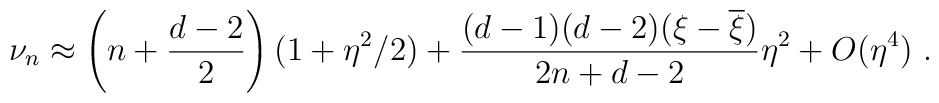
\nu_n\approx \left(n+\frac{d-2}2\right)(1+\eta^2/2)+\frac{(d-1)(d-2)(\xi-\overline{\xi})}{2n+d-2}\eta^2+O(\eta^4) \ .